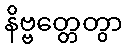
နိဗ္ဗတ္တေတွာ